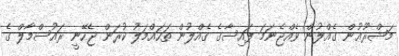
މަޝްރޫޢުން ގެއްލުން ވެއްޖެނަމަ ފައިސާގެ ގެއްލުން ތަހައްމަލު ކުރަން ޖެހޭނީ ރައުސްމާލް ގެ